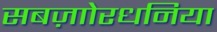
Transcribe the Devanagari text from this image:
सबज़ाोरधनिया